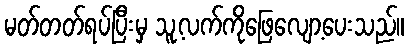
မတ်တတ်ရပ်ပြီးမှ သူ့လက်ကိုဖြေလျော့ပေးသည်။